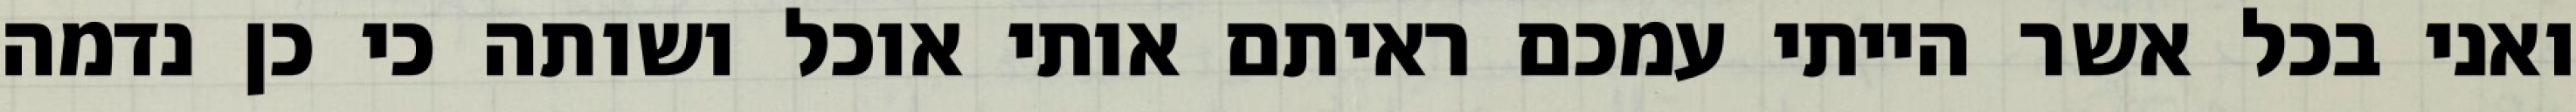
ואני בכל אשר הייתי עמכם ראיתם אותי אוכל ושותה כי כן נדמה